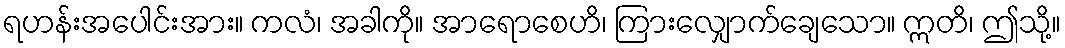
ရဟန်းအပေါင်းအား။ ကလံ၊ အခါကို။ အာရောစေဟိ၊ ကြားလျှောက်ချေသော။ ဣတိ၊ ဤသို့။